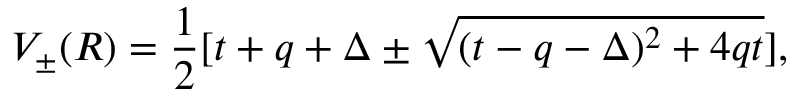
V _ { \pm } ( R ) = \frac { 1 } { 2 } [ t + q + \Delta \pm \sqrt { ( t - q - \Delta ) ^ { 2 } + 4 q t } ] ,